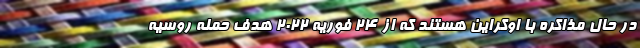
در حال مذاکره با اوکراین هستند که از ۲۴ فوریه ۲۰۲۲ هدف حمله روسیه